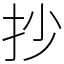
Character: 抄